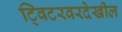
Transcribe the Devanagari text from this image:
ट्विटरवरदेखील